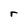
Character: r